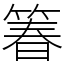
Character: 箺